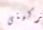
تتركينى